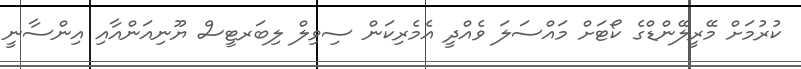
ކުރުމަށް މޭރީލޭންޑްގެ ކޯޓަށް މައްސަލަ ވެއްދީ އެމެރިކަން ސިވިލް ލިބަރޓީސް ޔޫނިއަންއާއި އިންސާނީ